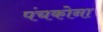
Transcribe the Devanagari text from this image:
पंचकोना